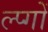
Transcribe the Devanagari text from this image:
ल्प्गों